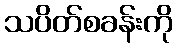
သပိတ်စခန်းကို